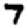
Digit: 7